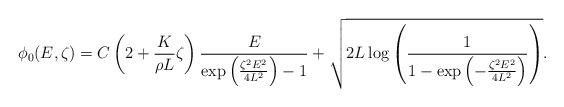
LaTeX: \begin{align*}\phi_0(E,\zeta) = C\left(2+\frac{K}{\rho L}\zeta\right) \frac{E}{\exp\left(\frac{\zeta^2 E^2}{4L^2} \right) - 1} +\sqrt{2L\log\left(\frac{1}{ 1 - \exp\left(-\frac{\zeta^2 E^2}{4L^2}\right) }\right)}.\end{align*}